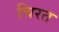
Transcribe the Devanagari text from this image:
चिरत